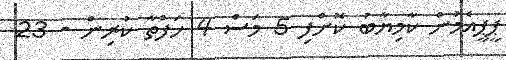
ޕީޕީއެމުން ކާމިޔާބު ކޮށްފި 5 މަސް 4 ހަފްތާ ކުރިން - 23